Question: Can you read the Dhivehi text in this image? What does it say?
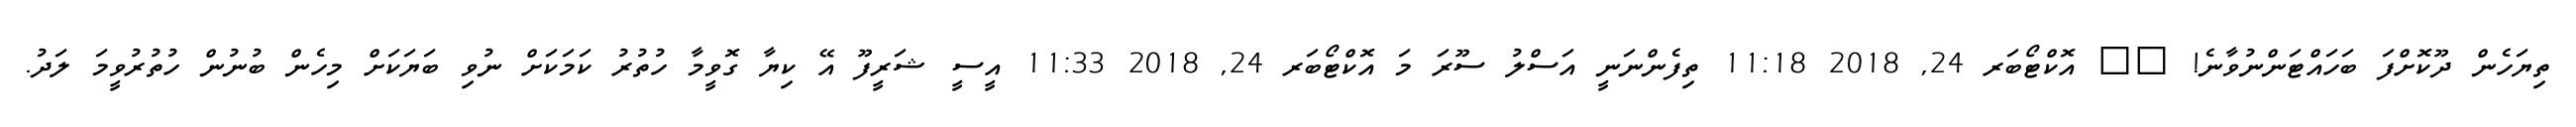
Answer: ތިޔަހެން ދޫކޮށްފަ ބަހައްޓަންނުވާނެ! ?? އޮކްޓޯބަރ 24, 2018 11:18 ތިފެންނަނީ އަސްލު ސޫރަ މަ އޮކްޓޯބަރ 24, 2018 11:33 އީސީ ޝަރީފޫ އޭ ކިޔާ ގޮވީމާ ހުތުރު ކަމަކަށް ނުވި ބަޔަކަށް މިހެން ބުނުން ހުތުރުވީމަ ލަދު.